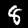
Label: 8